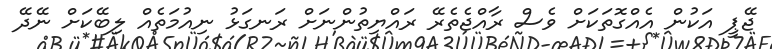
ޖޭޕީ އަކުން އެއްގޮތަކަށް ވެސް ރާއްޖެތެރޭ ރައްޔިތުންނަށް ރަނގަޅު ނިއުމަތެއް ލިބޭކަށް ނޭދޭ